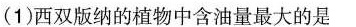
(1)西双版纳的植物中含油量最大的是